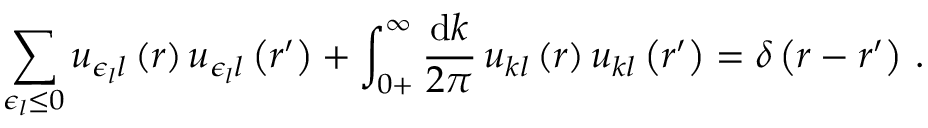
\sum _ { \epsilon _ { l } \leq 0 } u _ { \epsilon _ { l } l } \left( r \right) u _ { \epsilon _ { l } l } \left( r ^ { \prime } \right) + \int _ { 0 + } ^ { \infty } \frac { \mathrm { d } k } { 2 \pi } \, u _ { k l } \left( r \right) u _ { k l } \left( r ^ { \prime } \right) = \delta \left( r - r ^ { \prime } \right) \, .